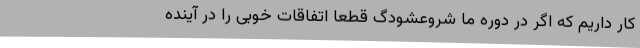
کار داریم که اگر در دوره ما شروعشودگ قطعا اتفاقات خوبی را در آینده